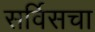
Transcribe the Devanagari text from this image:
सर्विसचा